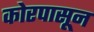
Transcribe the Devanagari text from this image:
कोरपासून